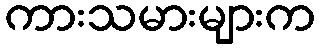
ကားသမားများက